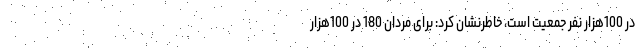
در 100هزار نفر جمعیت است، خاطرنشان کرد: برای مردان 180 در 100هزار